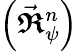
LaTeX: \left(\vec{\boldsymbol{\mathfrak{R}}}_{\psi}^{n}\right)